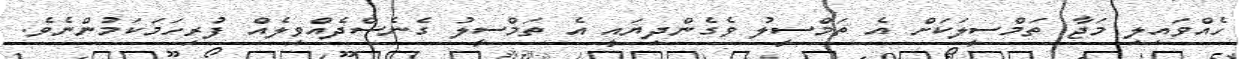
ހެއްވައިލި މަޖާ ތަމްސީލަކަށް އެ ތަމްސީލު ވެގެންދިޔައީ އެ ތަމްސީލު ގެނެސްދެއްވިލެއް ފުރިހަމަކަމުންނެވެ.